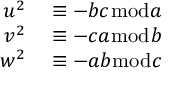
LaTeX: \begin{array} { r l } { u ^ { 2 } } & { { } \equiv - b c { \bmod { a } } } \\ { v ^ { 2 } } & { { } \equiv - c a { \bmod { b } } } \\ { w ^ { 2 } } & { { } \equiv - a b { \bmod { c } } } \end{array}